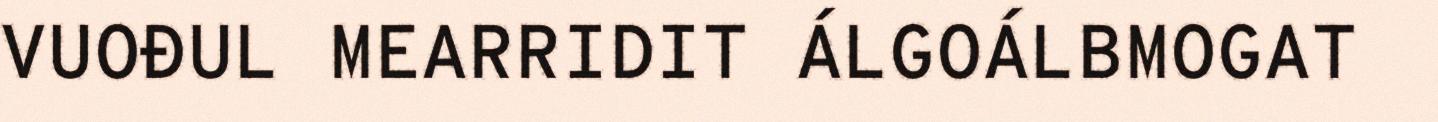
VUOĐUL MEARRIDIT ÁLGOÁLBMOGAT